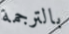
بالترجمة